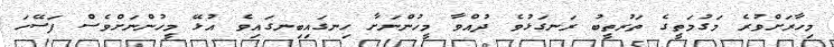
މިހާރަށްވުރެ މަގުމަތީގެ ތަރުތީބު ރަނގަޅުވެ ދުއްވާ މީހުންނަށާ ހިނގައިބިނގައިވެ އުޅޭ މީހުންނަށްވެސް ފަސޭހަ